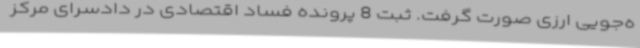
ه‌جویی ارزی صورت گرفت. ثبت 8 پرونده فساد اقتصادی در دادسرای مرکز